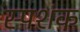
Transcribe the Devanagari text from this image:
स्पशंक